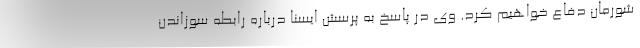
شورمان دفاع خواهیم کرد. وی در پاسخ به پرسش ایسنا درباره رابطه سوزاندن